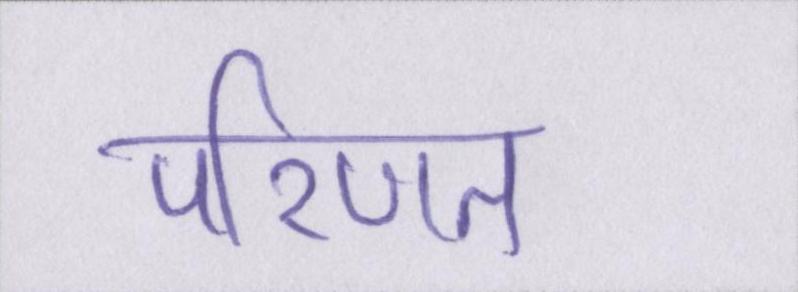
परिणत